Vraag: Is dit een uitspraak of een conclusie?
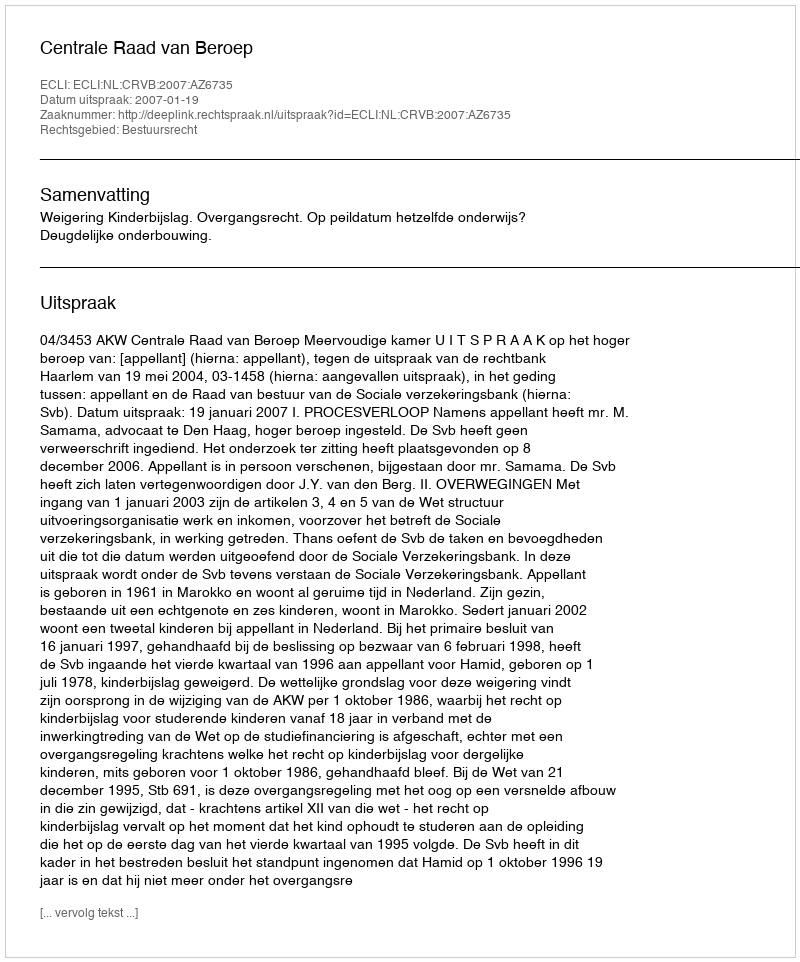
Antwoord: Uitspraak